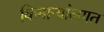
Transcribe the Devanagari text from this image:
किनाऱ्यांलगत